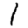
Digit: 1